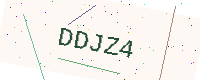
Text: DDJZ4